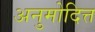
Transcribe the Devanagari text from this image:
अनुमोदित्त